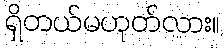
ရှိတယ်မဟုတ်လား။